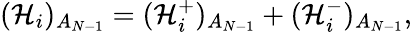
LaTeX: (\mathcal{H}_{i})_{A_{N-1}}=(\mathcal{H}_{i}^{+})_{A_{N-1}}+(\mathcal{H}_{i}^{-})_{A_{N-1}},